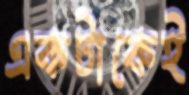
একটাকেই